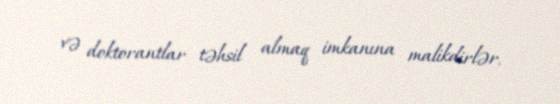
və doktorantlar təhsil almaq imkanına malikdirlər.